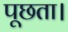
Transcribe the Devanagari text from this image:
पूछता।